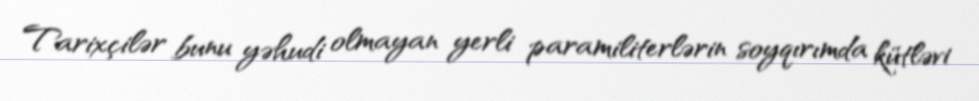
Tarixçilər bunu yəhudi olmayan yerli paramiliterlərin soyqırımda kütləvi